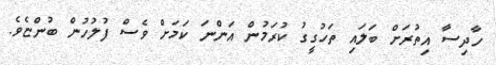
ހާދިސާ އިތުރަށް ބަލައި ތަހުގީގު ކުރަމުން އަންނަ ކަމަށް ވެސް ފުލުހުން ބުންޏެވެ.